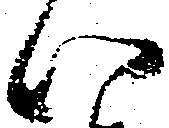
い